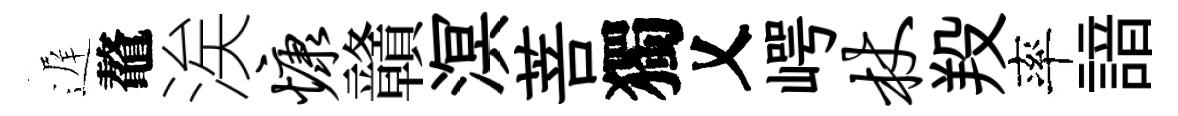
遅鼇涘慷贛溟菩獨乂崿杖羖率諳